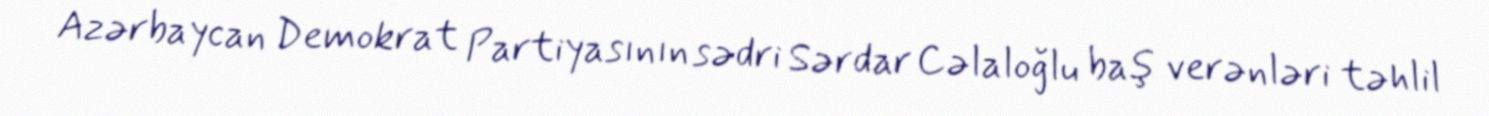
Azərbaycan Demokrat Partiyasının sədri Sərdar Cəlaloğlu baş verənləri təhlil